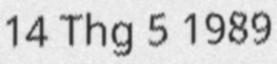
14 Thg 5 1989